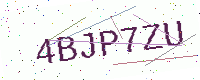
Text: 4BJP7ZU